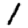
Digit: 1